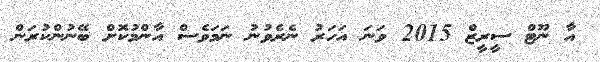
އާ ނޫޓް ސީރީޒް 2015 ވަނަ އަހަރު ނެރެވުނު ނަމަވެސް އާންމުކޮށް ބޭނުންކުރަން